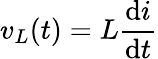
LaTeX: v_{L}(t)=L{\frac{\mathrm{d}i}{\mathrm{d}t}}